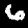
Digit: 6